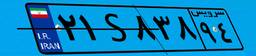
۶۱S۴۹۴۶۵